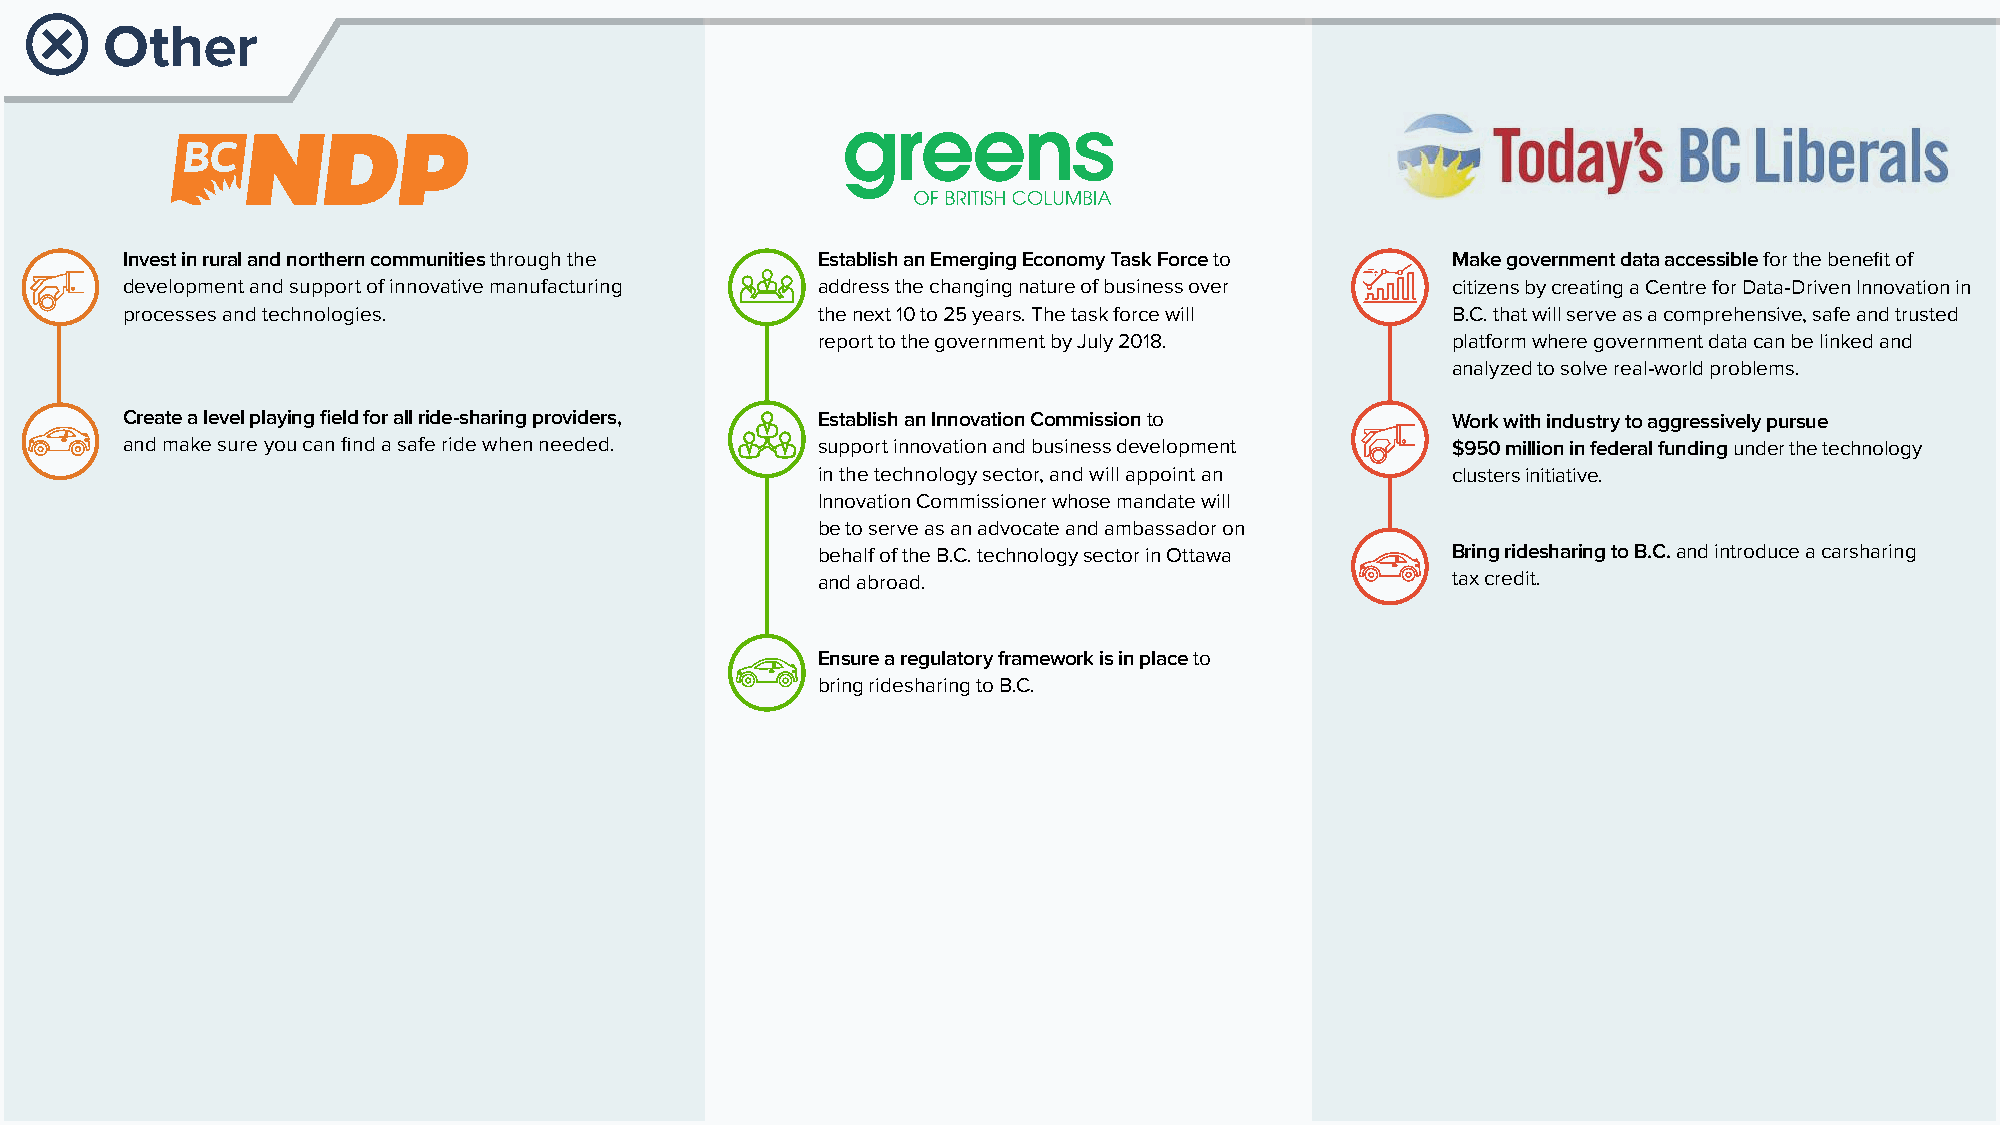
Other
 Invest in rural and northern communities through the Establish an Emerging Economy Task Force to Make government data accessible for the benefit of
 development and support of innovative manufacturing address the changing nature of business over citizens by creating a Centre for Data-Driven Innovation in
 processes and technologies.                   the next 10 to 25 years. The task force will B.C. that will serve as a comprehensive, safe and trusted
 report to the government by July 2018.    platform where government data can be linked and
 analyzed to solve real-world problems.
 Create a level playing field for all ride-sharing providers, Establish an Innovation Commission to Work with industry to aggressively pursue
 and make sure you can find a safe ride when needed. support innovation and business development $950 million in federal funding under the technology
 in the technology sector, and will appoint an clusters initiative.
 Innovation Commissioner whose mandate will
 be to serve as an advocate and ambassador on
 behalf of the B.C. technology sector in Ottawa Bring ridesharing to B.C. and introduce a carsharing
 and abroad.                               tax credit.
 Ensure a regulatory framework is in place to
 bring ridesharing to B.C.